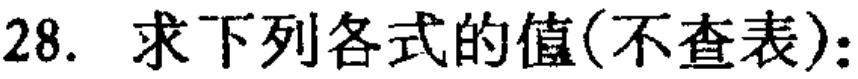
28. 求下列各式的值(不查表):